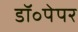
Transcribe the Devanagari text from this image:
डॉ॰पेपर